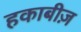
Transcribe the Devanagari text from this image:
हकाबीज़